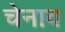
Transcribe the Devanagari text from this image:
चेनाव